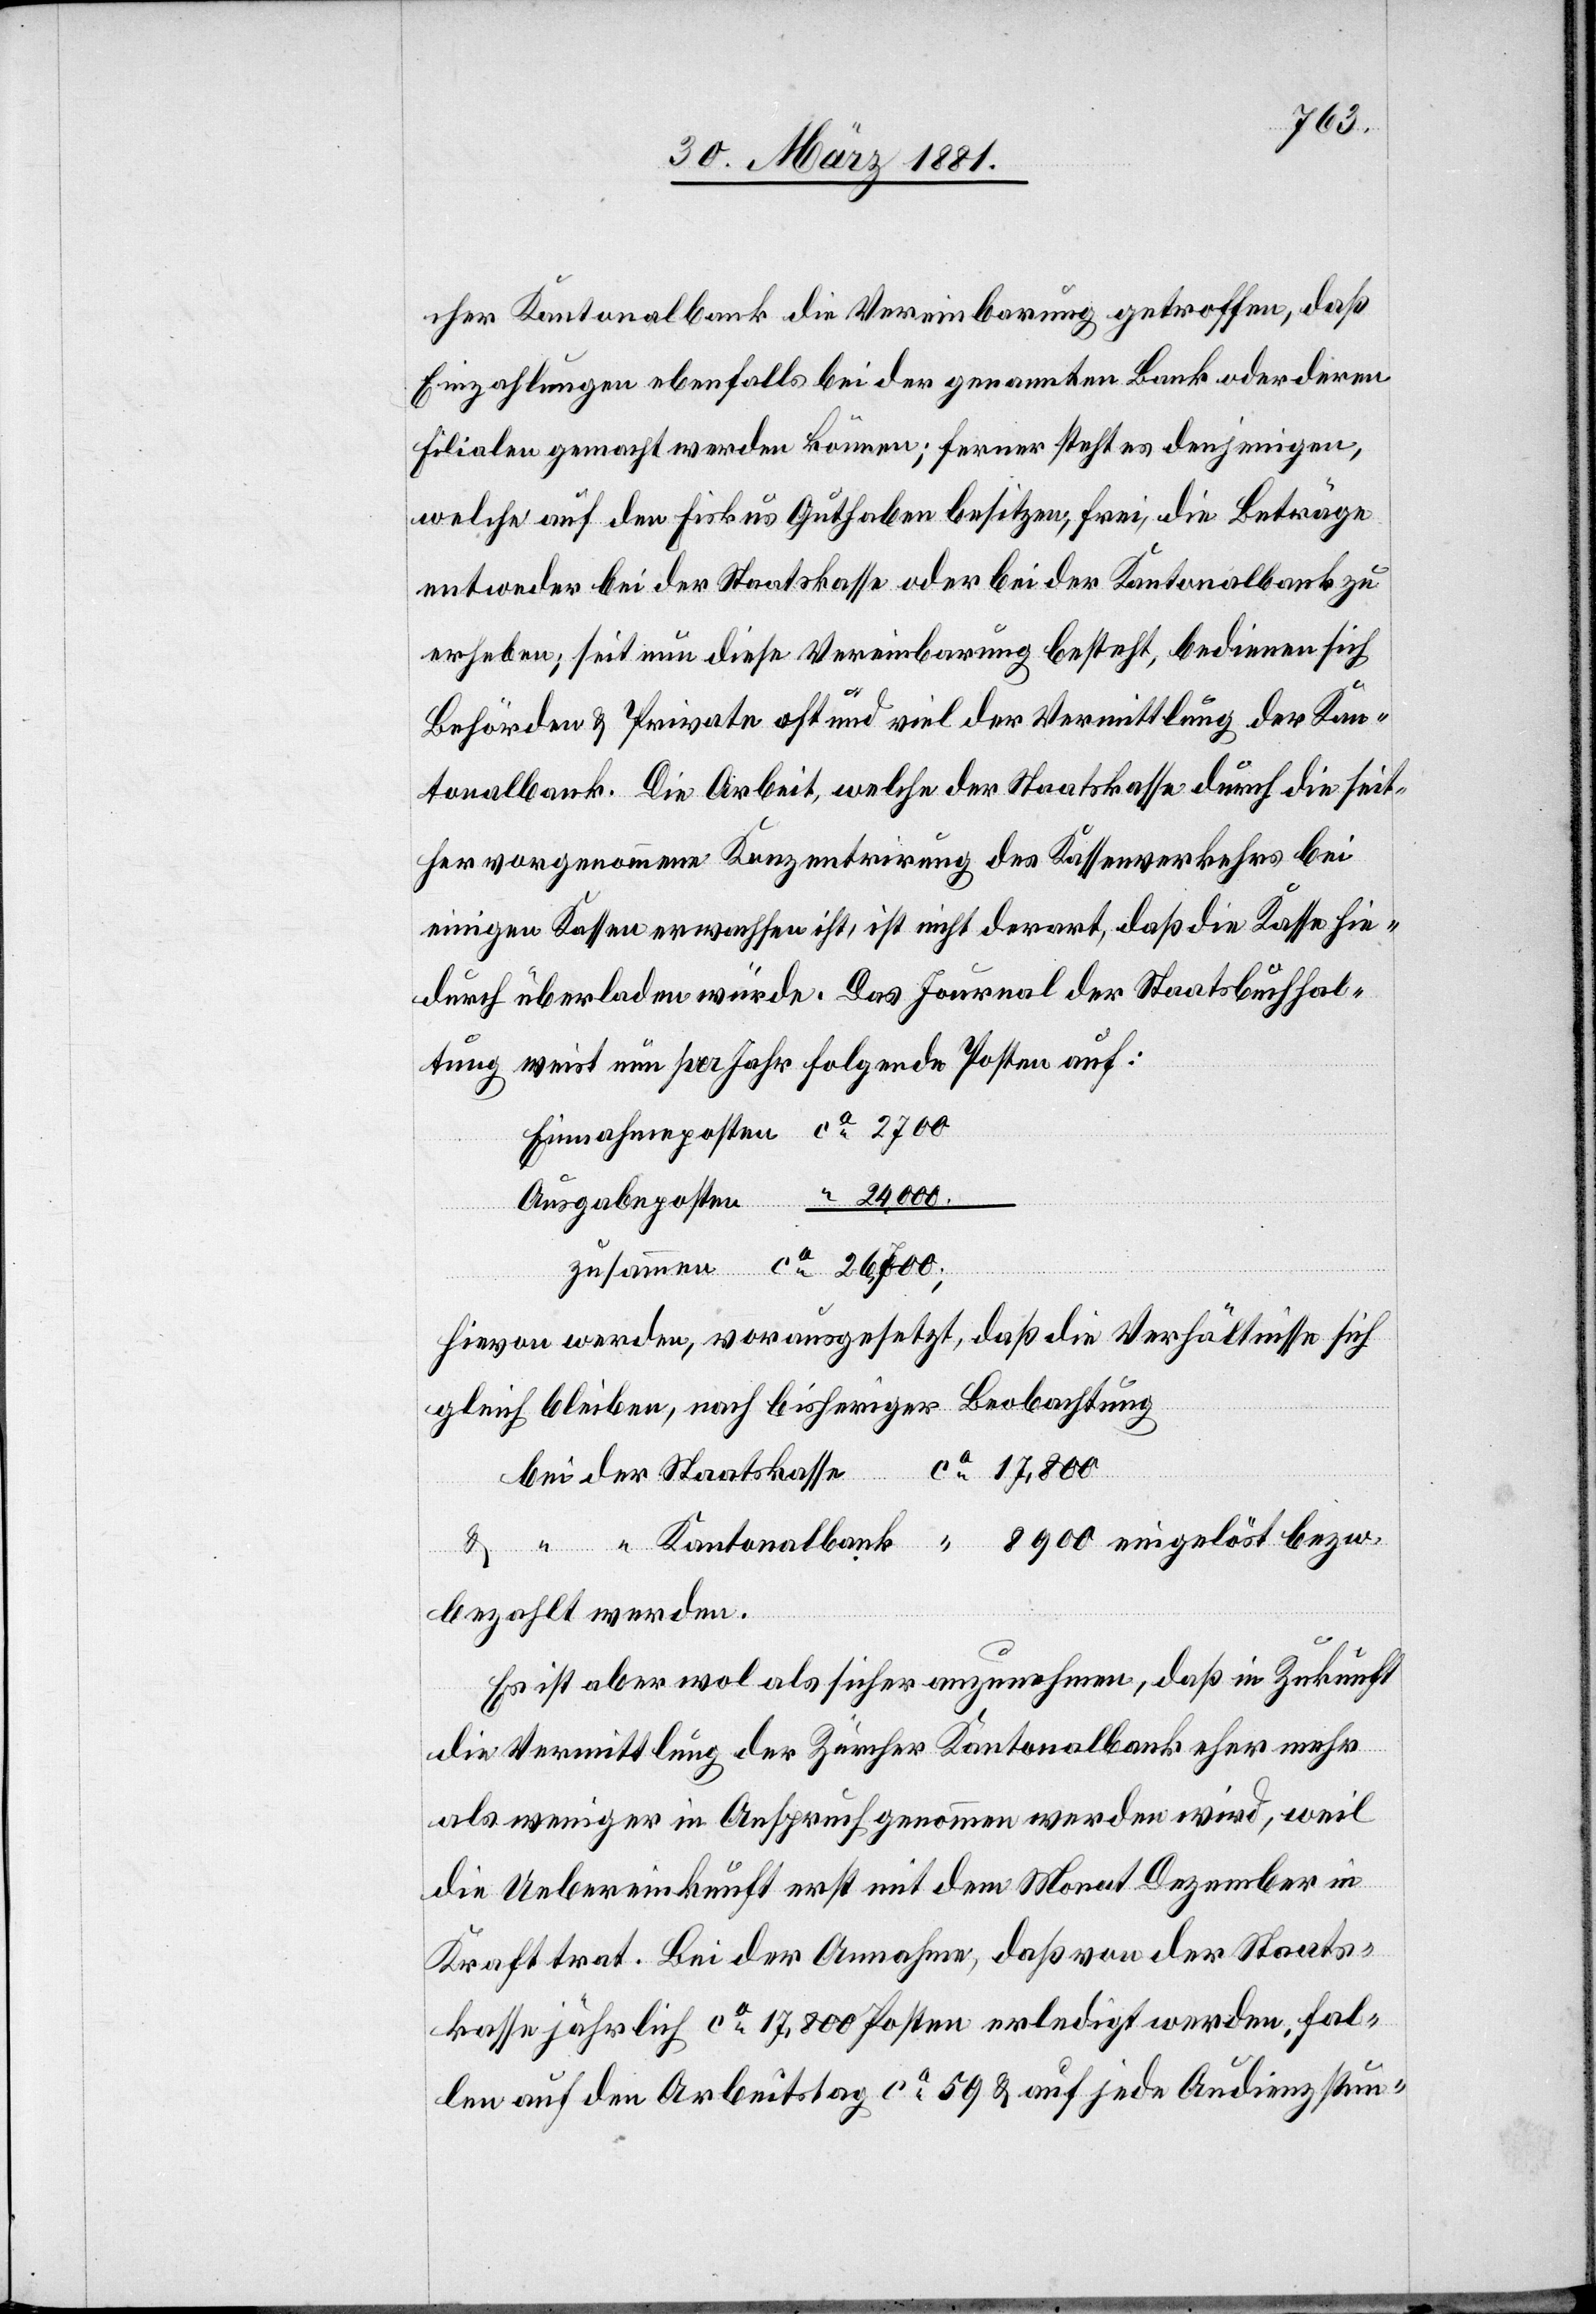
17,800
cher Kantonalbank die Vereinbarung getroffen, daß
Einzahlungen ebenfalls bei der genannten Bank oder deren
Filialen gemacht werden können; ferner steht es denjenigen,
welche auf den Fiskus Guthaben besitzen, frei, die Beiträge
entweder bei der Staatskasse oder bei der Kantonalbank zu
erheben; seit nun diese Vereinbarung besteht, bedienen sich
Behörden & private oft und viel der Vermittlung der Kan¬
tonalbank. Die Arbeit, welche der Staatskasse durch die seit¬
her vorgenommene Konzentrirung des Kassenverkehrs bei
einigen Kassen erwachsen ist, nicht derart, daß die Kasse hie¬
durch überladen würde. Das Journal der Staatsbuchhal¬
tung weist nun per Jahr folgende Posten auf:
Ausgabeposten
hievon werden, vorausgesetzt, daß die Verhältnisse sich
gleich bleiben, nach bisheriger Beobachtung
bei der Staatskasse	ca
& “ “ Kantonalbank	 “ 8900 eingelöst bezw.
bezahlt werden.
Es ist aber wol als sicher anzunehmen, daß in Zukunft
die Vermittlung der Zürcher Kantonalbank eher mehr
als weniger in Anspruch genommen werden wird, weil
die Uebereinkunft erst mit dem Monat Dezember in
Kraft trat. Bei der Annahme, daß von der Staats¬
kasse jährlich ca 17,800 Posten erledigt werden. Fal¬
len auf den Arbeitstag ca 59 & auf jede Audienzstun-